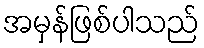
အမှန်ဖြစ်ပါသည်